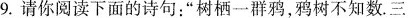
9.请你阅读下面的诗句：”树栖一群鸦，鸦树不知数。三